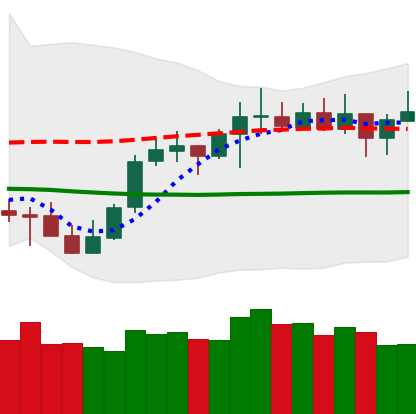
Ticker: LTC-USD
Chart end date: 2021-10-14
Forward return: 4.898%
Label: up_3_5